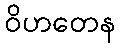
ဝိဟတေန